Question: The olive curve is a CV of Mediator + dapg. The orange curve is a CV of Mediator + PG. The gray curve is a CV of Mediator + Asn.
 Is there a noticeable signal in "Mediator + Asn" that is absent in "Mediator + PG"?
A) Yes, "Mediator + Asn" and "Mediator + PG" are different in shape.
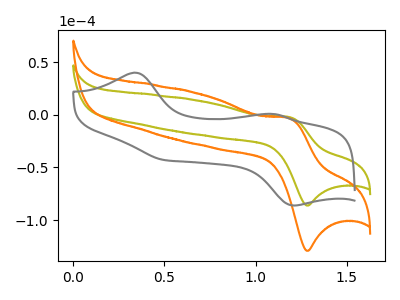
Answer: <think>The olive curve "Mediator + dapg" has an anodic peak at (1.20V, -2.10uA) and a cathodic peak at (1.30V, -86.15uA). The orange curve "Mediator + PG" has an anodic peak at (1.20V, -3.10uA) and a cathodic peak at (1.30V, -129.10uA). The gray curve "Mediator + Asn" has anodic peaks at (0.35V, 40.05uA) (1.10V, 0.85uA) and cathodic peaks at (0.50V, -42.95uA) (1.20V, -86.15uA).
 "Mediator + Asn" and "Mediator + PG" have a different number of peaks.</think>
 <answer>A) Yes, "Mediator + Asn" and "Mediator + PG" are different in shape.</answer>
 <eval>A</eval>